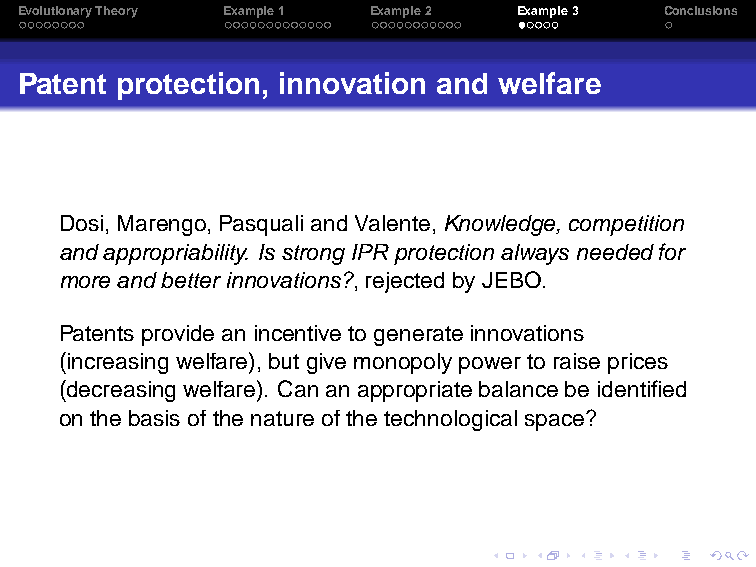
EvolutionaryTheory Example1 Example2 Example3 Conclusions
 Patent protection, innovation and welfare
 Dosi, Marengo,PasqualiandValente,Knowledge,competition
 andappropriability. Is strong IPRprotection alwaysneededfor
 more andbetterinnovations?,rejected by JEBO.
 Patentsprovideanincentive to generateinnovations
 (increasing welfare),butgive monopolypowerto raise prices
 (decreasingwelfare). Cananappropriatebalancebeidentified
 on thebasis ofthenatureofthe technologicalspace?